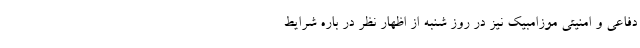
دفاعی و امنیتی موزامبیک نیز در روز شنبه از اظهار نظر در باره شرایط